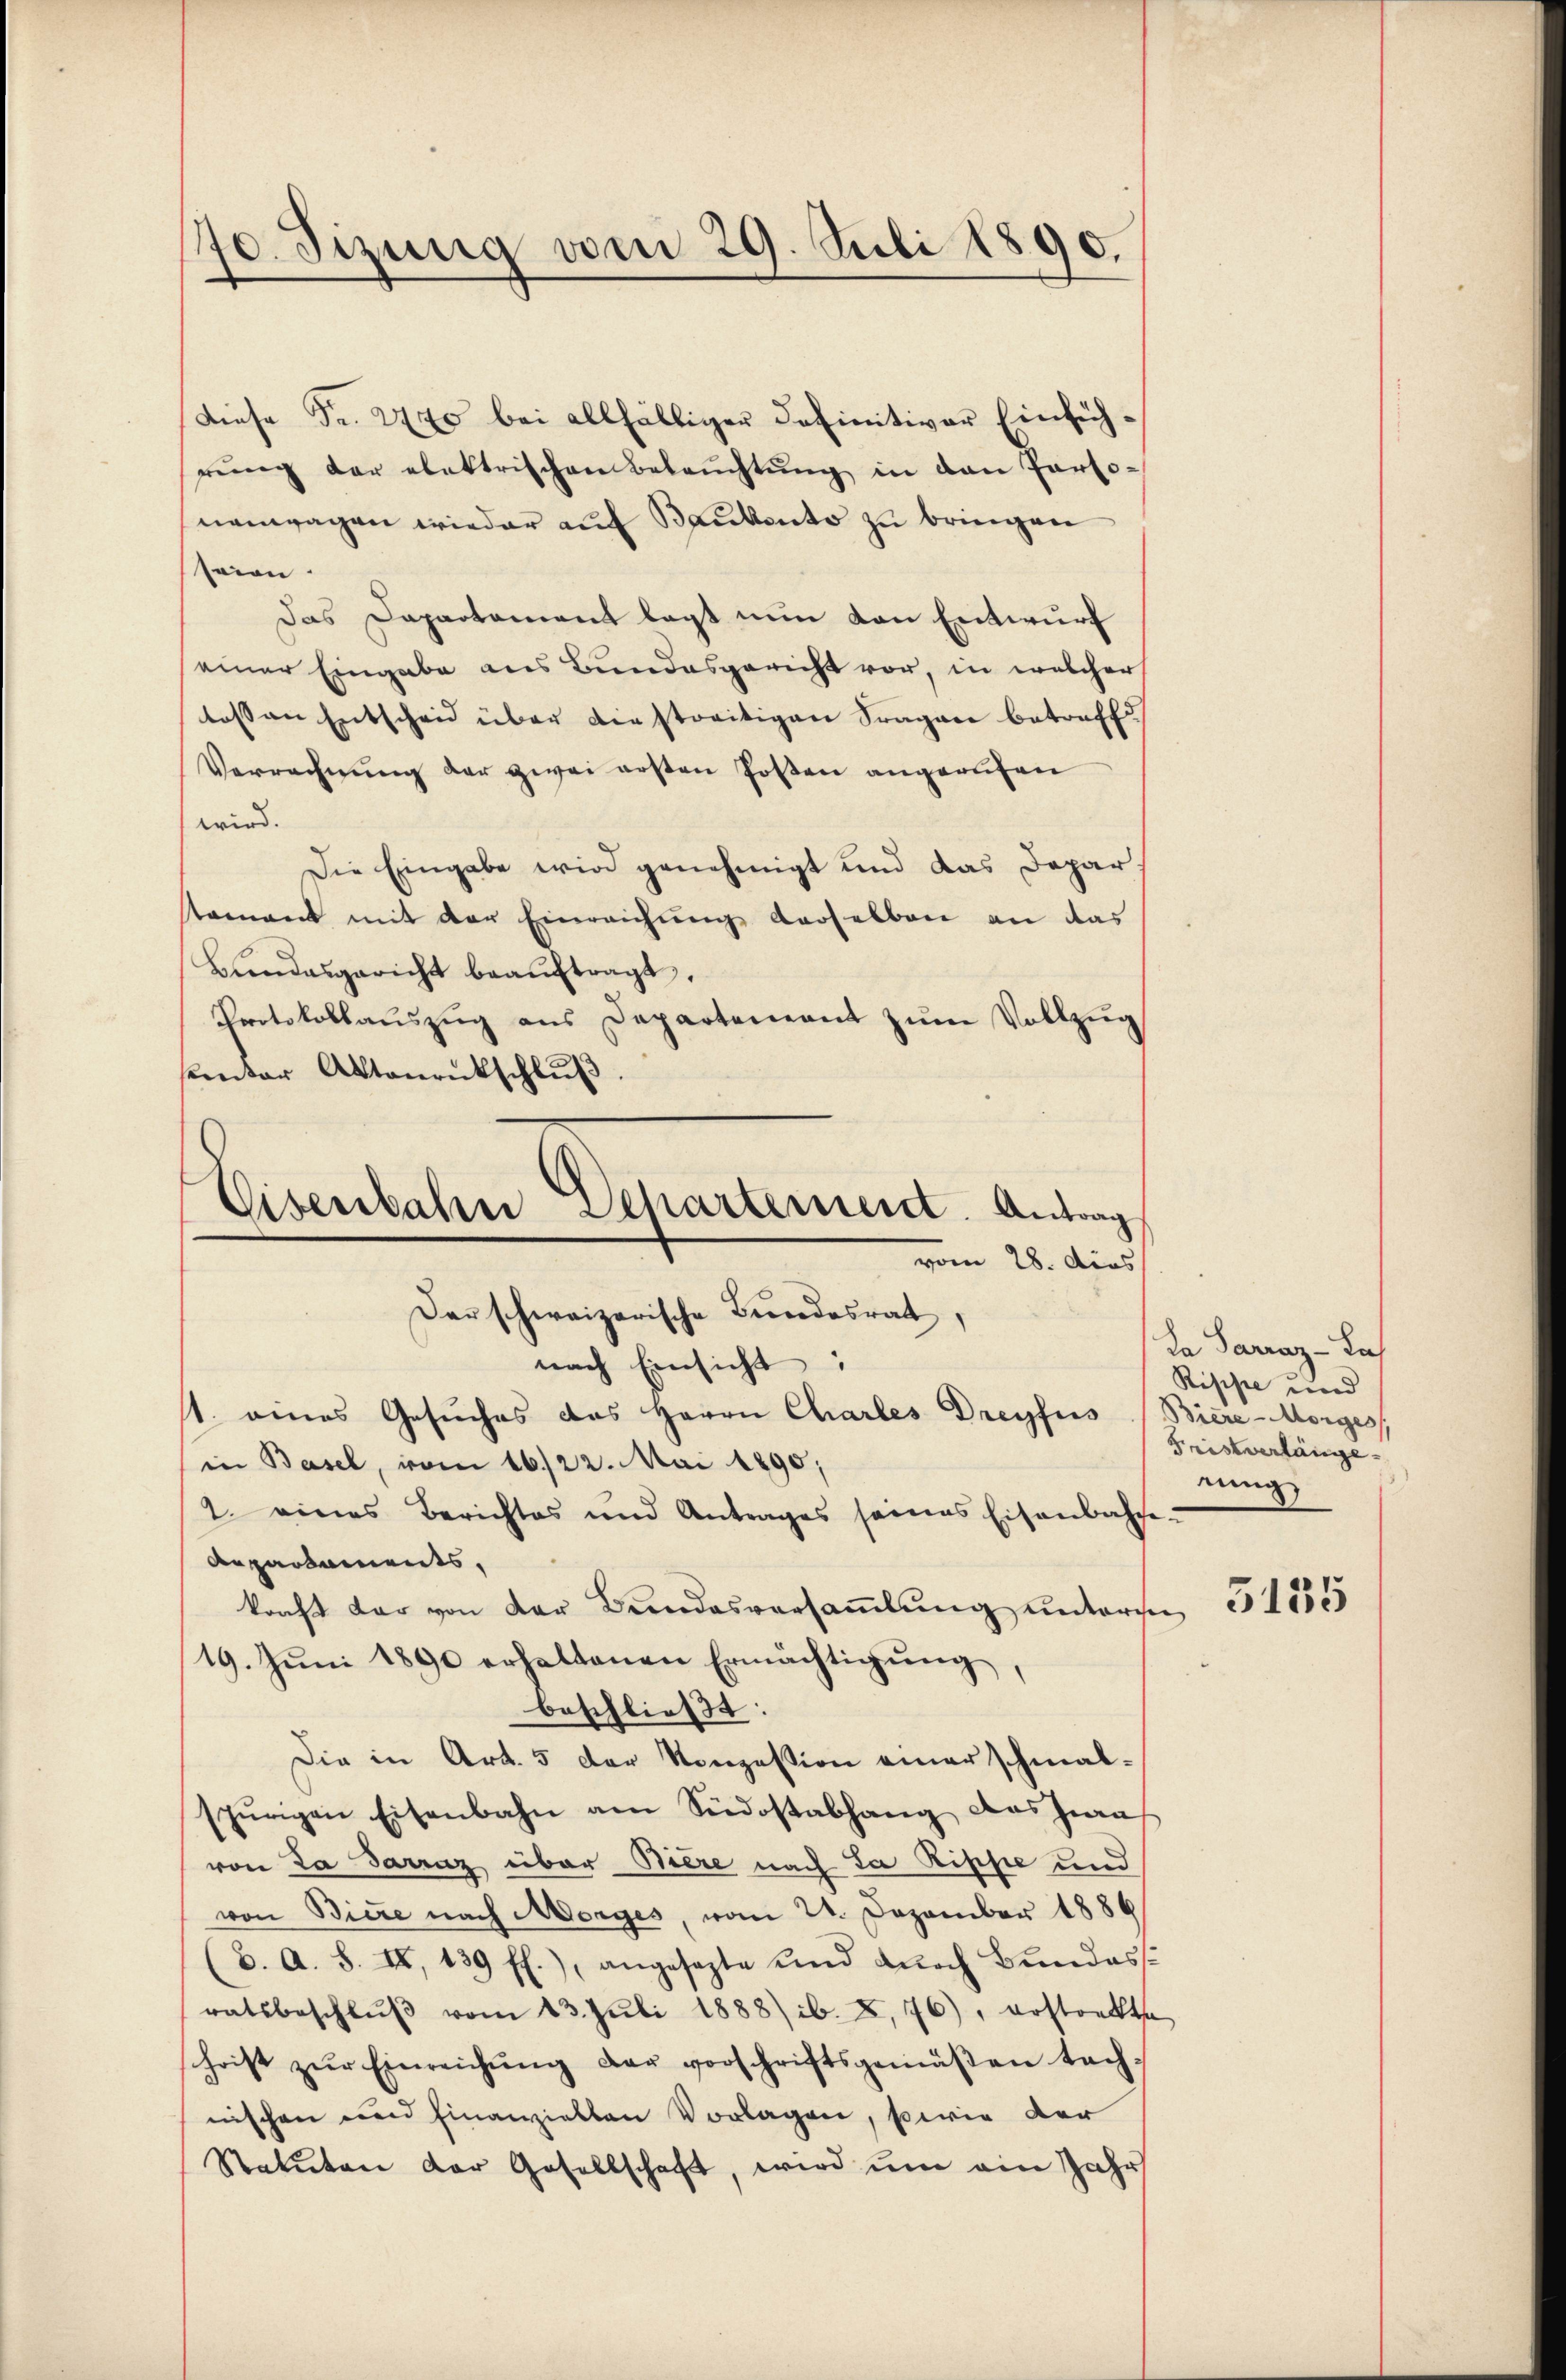
70. Sizung vom 29. Juli 1890.

Diese Fr. 27. Es bei allfälliger Definitiver Einführŭng der elektrischen Beleŭchtŭng in den Personengagen wieder auf Baubento zu bringen
seien.
Das Dapartement legt nun den Entwurf
seiner Eingabe aus Bundesgericht vor, in welcher
tossen Entscheid über diestreitigen Fragen betreffe
Verrechnŭng der zwei ersten Posten angerufen
wird.
Die Eingabe wird genehmigt und das Depar
tamant mit der Einreichŭng derselben an das
Bŭndesgericht beaŭftragt.
Protokollauszug aus Departement zum Vollzug
sunter Aktenrückschlŭβ
Eisenbahn Departement. Antrag

vom 28. dies
Der schweizerische Bundesrat

nach Einsicht:
st. eines Gesŭches das Herrn Charles Dreyfus (Biere-Morges
in Basel, vom 16/22. Mai 1890;
2. eines Berichtes und Antrages seines Eisenbahne
Aepartements,
kraft der von der Bundesversaṁlŭng andere 51555
19. Jŭni 1890 erhaltenen Ermächtigŭng,
beschließt:
Die in Art. 5 der Konzession einer schmalspürigen Eisenbahn am Südostabhang das Zwa
von La Sarnz über Biere nach da Rippe und
von Biere nach Morges, vom 22. Dezember 1886
2. A. S. II, 139 ff.), angesezte und durch Bundesratsbeschlŭβ vom 13. Juli 1888) ib. X.76), erstrakte
christ zŭr Einreichŭng der vorschriftsgemäβen tach-
nischen und hinanzielten Vorlagen, sowie der
Statuten der Gesellschaft, wird um ein Jahr

da Sarraz- Las
Rippe und
Fristverlänge
eing